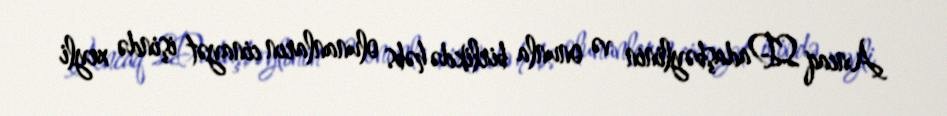
Ancaq S.Dadaşbəylinin və onunla birlikdə həbs olunanların cinayət işində xeyli